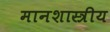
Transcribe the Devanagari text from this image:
मानशास्त्रीय